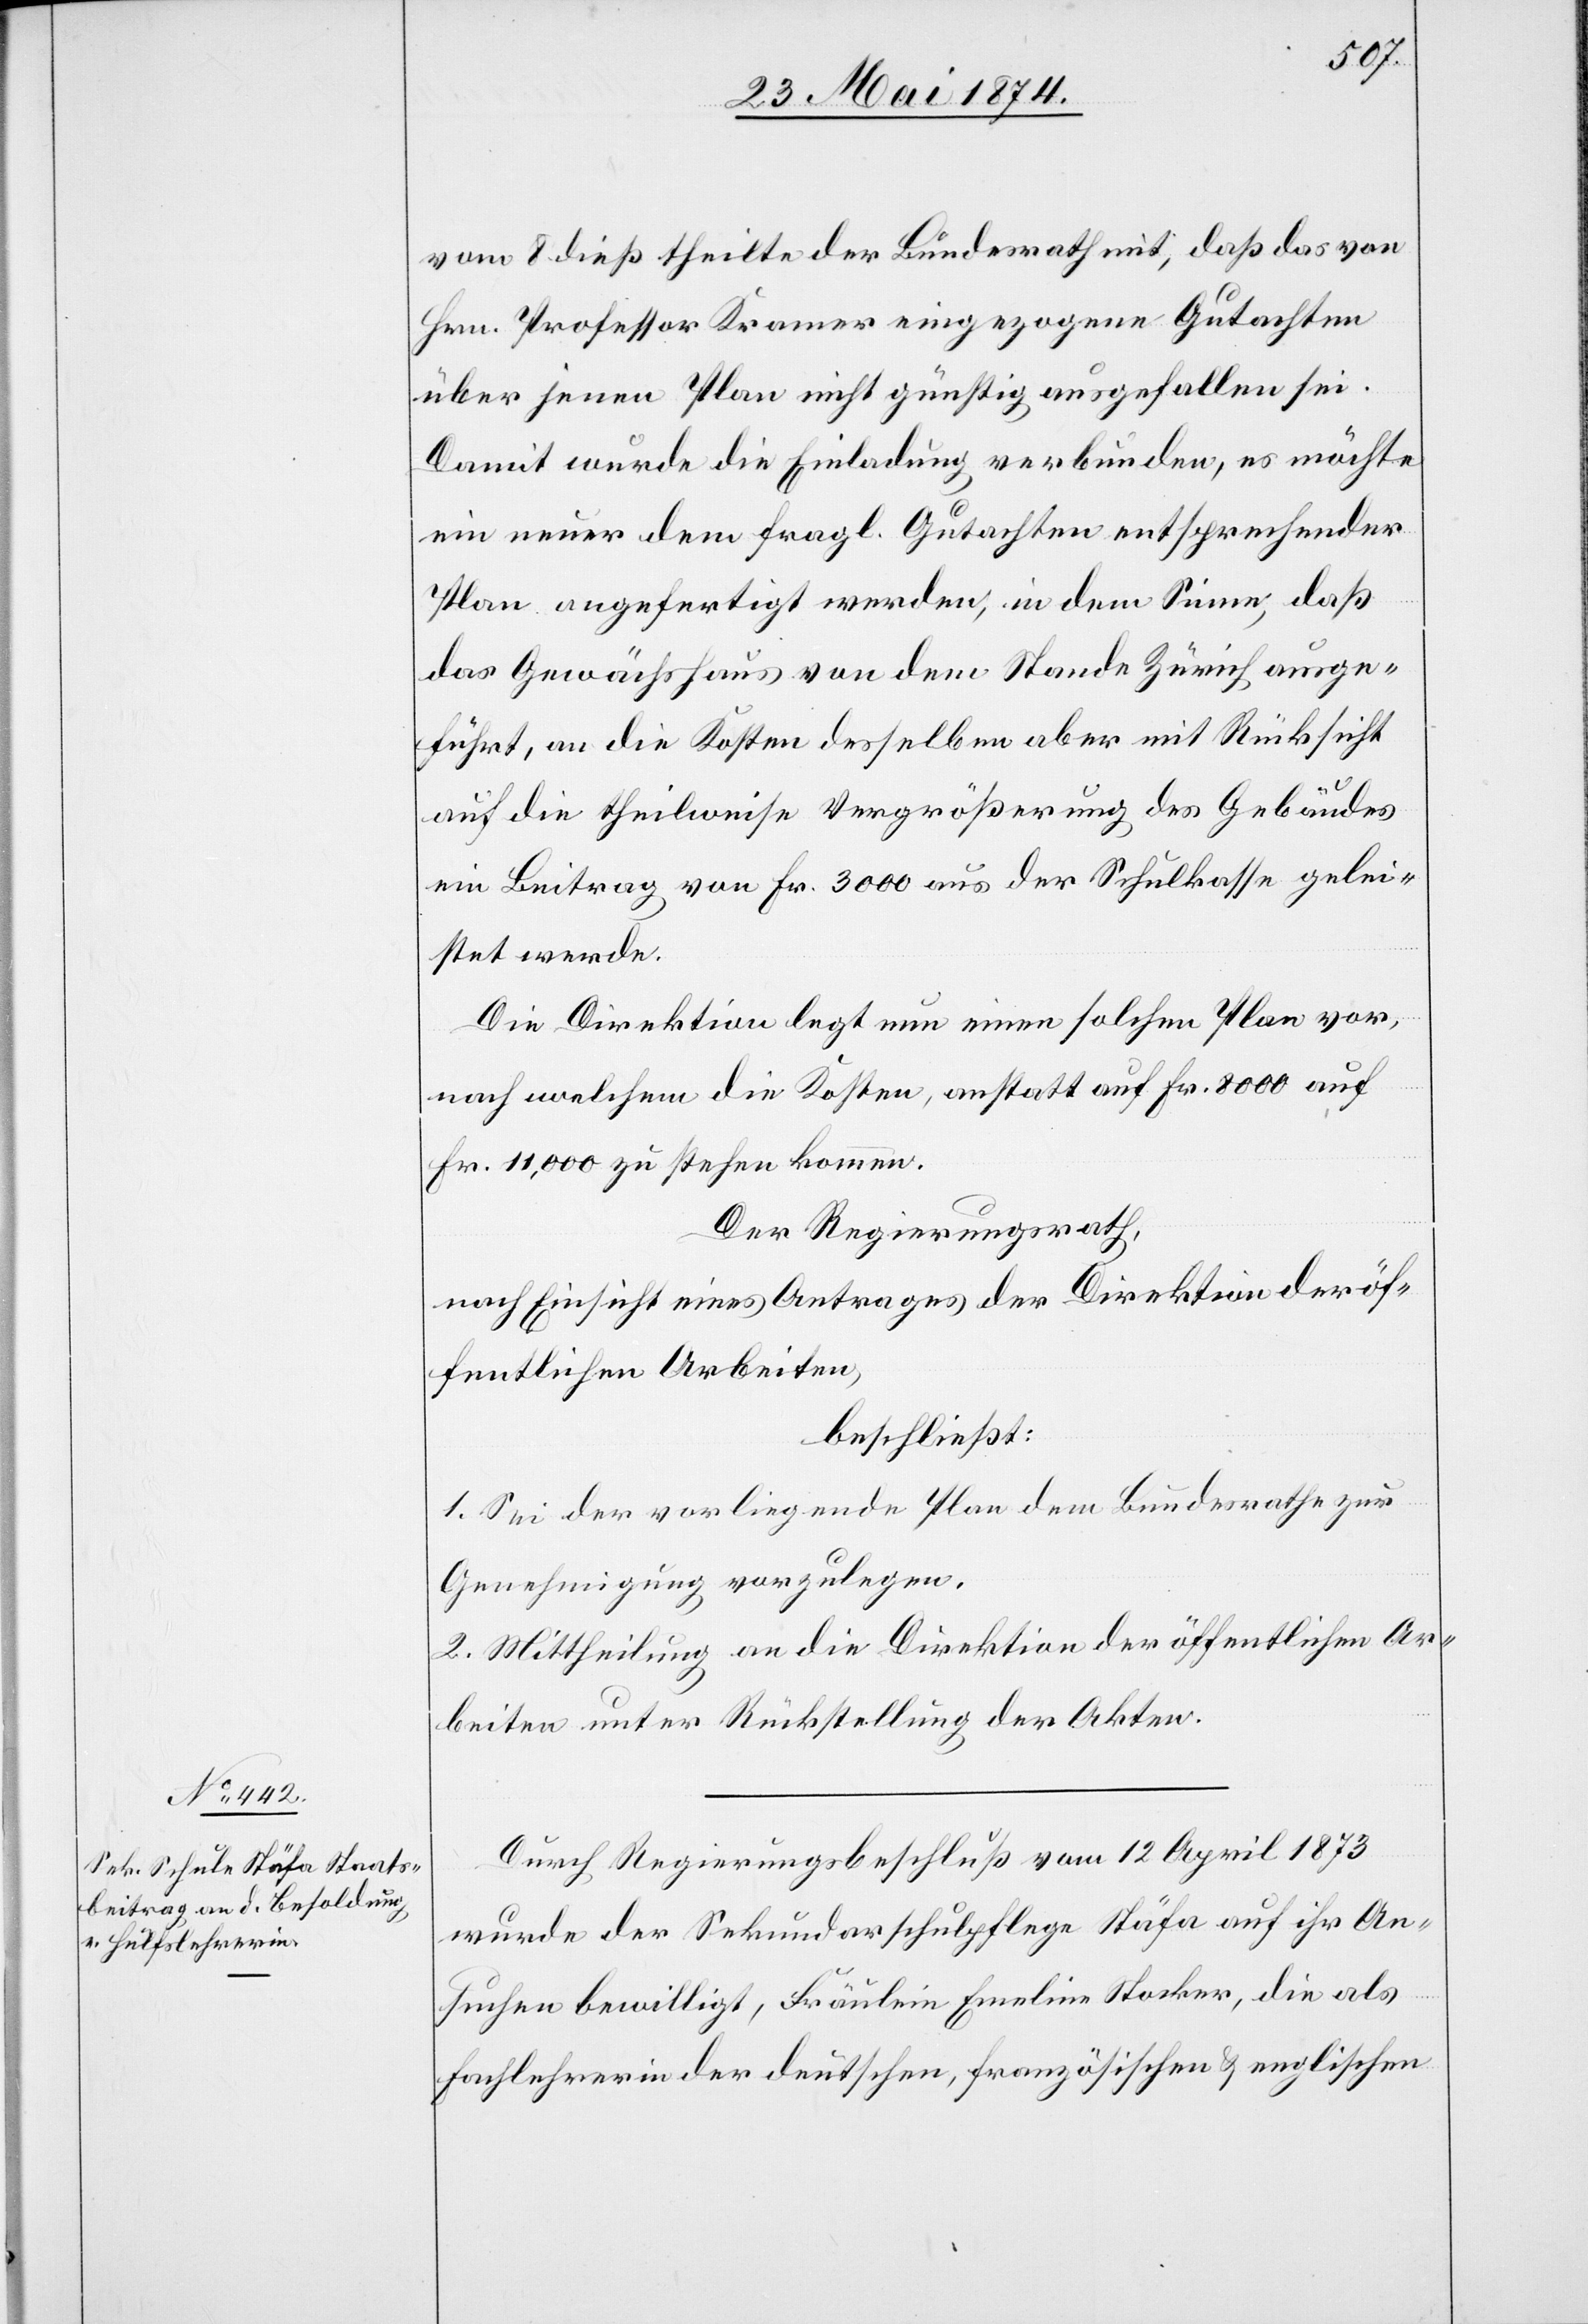
vom 8. dieß theilte der Bundesrath mit, daß das von
Hrn. Professor Kramer eingezogene Gutachten
über jenen Plan nicht günstig ausgefallen sei.
Damit wurde die Einladung verbunden, es möchte
ein neuer dem fragl. Gutachten entsprechender
Plan angefertigt werden, in dem Sinne, daß
das Gewächshaus von dem Stande Zürich ausge¬
führt, an die Kosten desselben aber mit Rücksicht
auf die theilweise Vergrößerung des Gebäudes
ein Beitrag von Fr. 3000 aus der Schulkasse gelei¬
stet werde.
Die Direktion legt nun einen solchen Plan vor,
nach welchem die Kosten, anstatt auf Fr. 8000 auf
Fr. 11,000 zu stehen kommen.
Der Regierungsrath,
nach Einsicht eines Antrages der Direktion der öf¬
fentlichen Arbeiten,
beschließt:
1. Sei der vorliegende Plan dem Bundesrathe zur
Genehmigung vorzulegen.
2. Mittheilung an die Direktion der öffentlichen Ar¬
beiten unter Rückstellung der Akten.
Durch Regierungsbeschluß vom 12. April 1873
wurde der Sekundarschulpflege Stäfa auf ihr An¬
suchen bewilligt, Fräulein Emeline Stocker, die als
Fachlehrerin der deutschen, französischen u. englischen